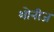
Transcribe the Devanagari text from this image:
शोनीज